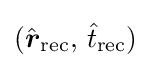
\displaystyle ({\hat {\boldsymbol {r}}}_{\text{rec}},\,{\hat {t}}_{\text{rec}})